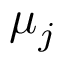
\mu _ { j }